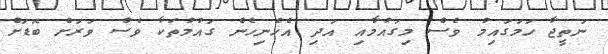
ނަތީޖާ ހަމަގައިމު ވެސް މިގައުމާއި އަދި އެހެނިހެން ގައުމުތަކާ ވެސް ވަރަށް ބޮޑަށް